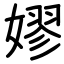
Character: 嫪